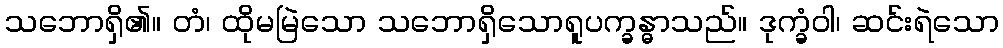
သဘောရှိ၏။ တံ၊ ထိုမမြဲသော သဘောရှိသောရူပက္ခန္ဓာသည်။ ဒုက္ခံဝါ၊ ဆင်းရဲသော